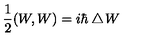
\frac { 1 } { 2 } ( W , W ) = i \hbar \bigtriangleup \! W